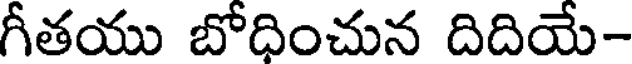
గీతయు బోధించున దిదియే-